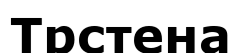
Трстена